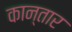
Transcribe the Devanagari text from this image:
कान्तार